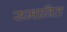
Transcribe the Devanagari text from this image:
समावित